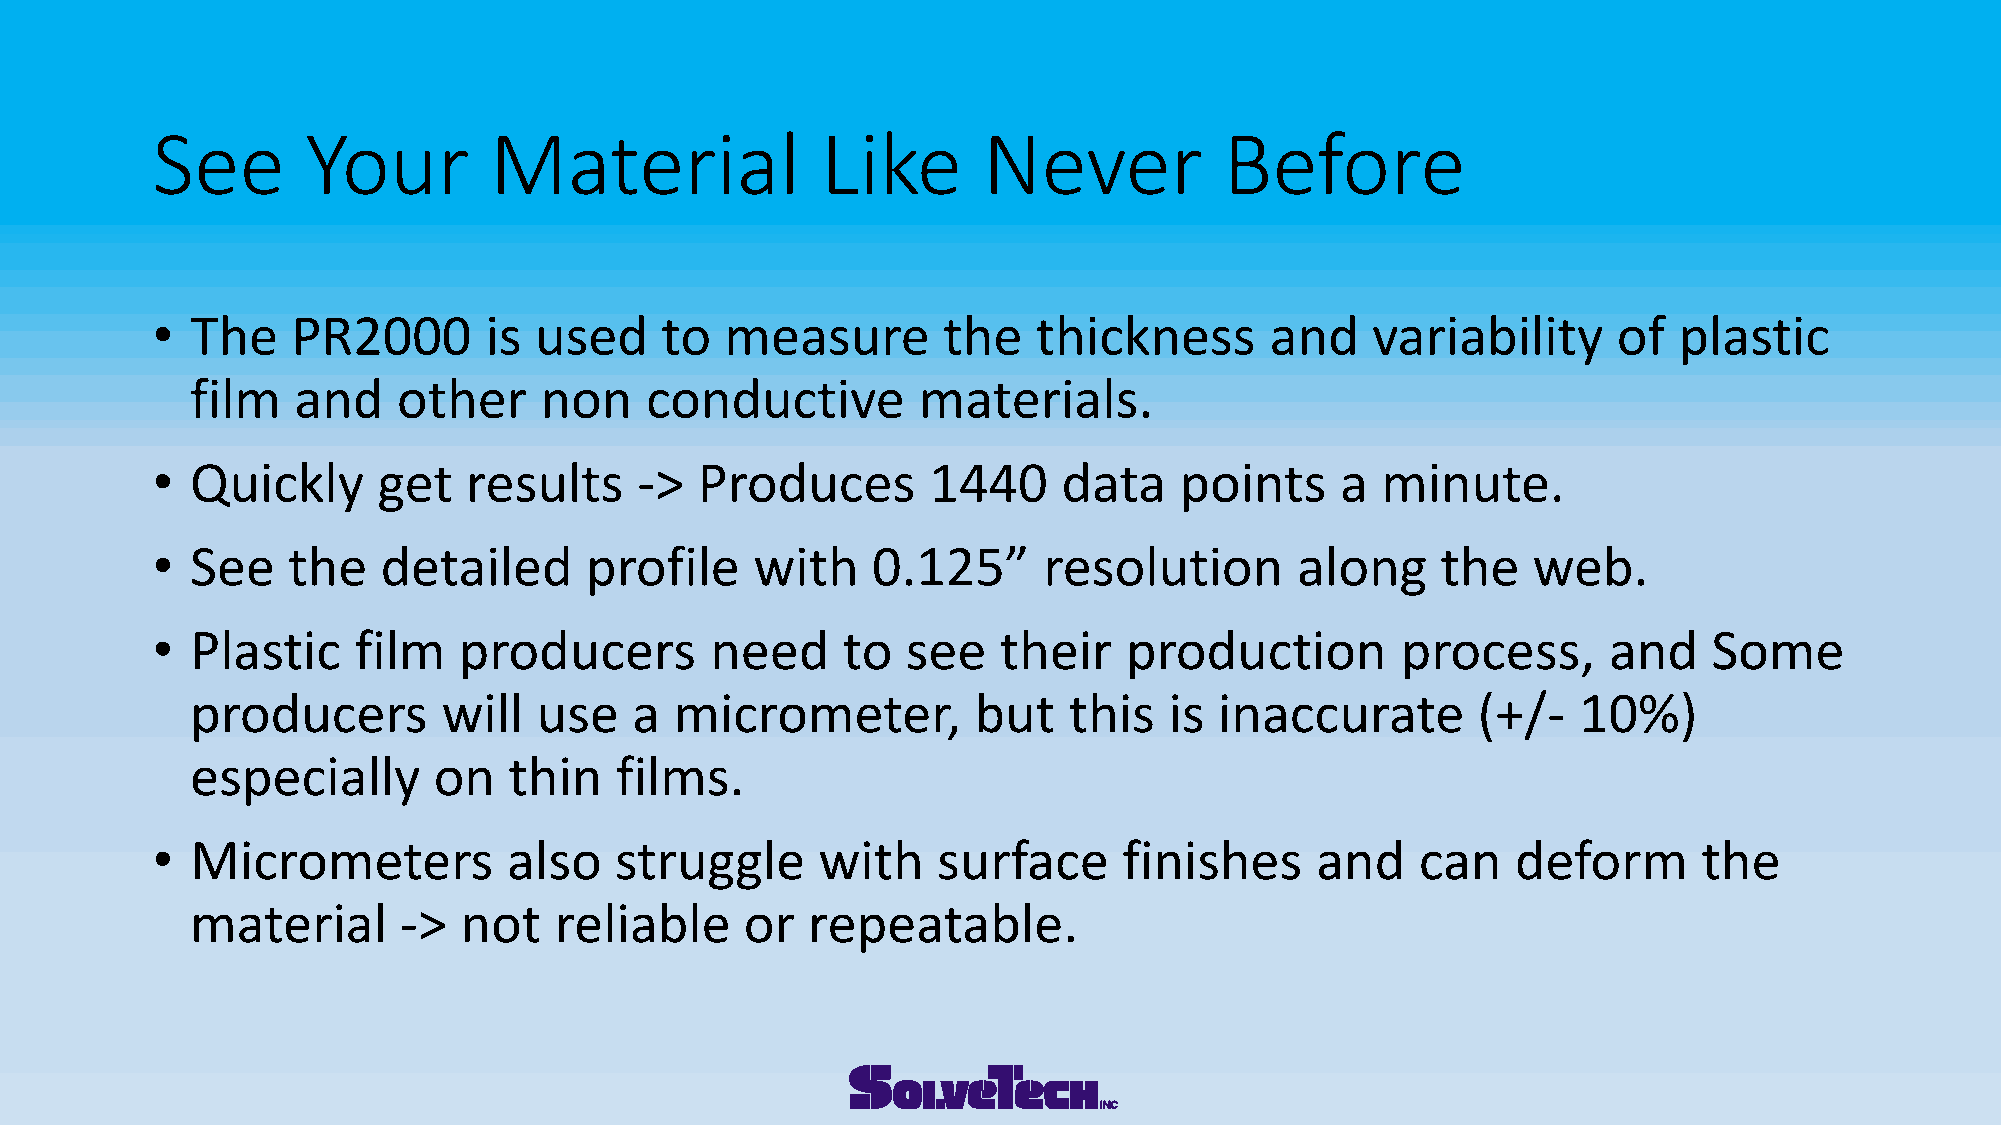
See       Your        Material              Like       Never           Before
 •  The   PR2000       is used     to  measure       the    thickness      and    variability     of  plastic
 film  and    other     non    conductive        materials.
 •  Quickly     get   results    ->  Produces        1440    data    points     a minute.
 •  See   the   detailed      profile    with    0.125”     resolution       along    the   web.
 •  Plastic   film   producers        need     to  see   their    production        process,     and    Some
 producers       will   use   a  micrometer,        but    this  is  inaccurate       (+/-  10%)
 especially      on   thin   films.
 •  Micrometers          also   struggle     with    surface     finishes     and    can   deform       the
 material     ->  not    reliable    or  repeatable.